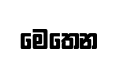
මෙතෙන